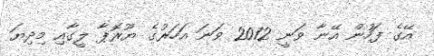
އޭގެ ފަހުން އޭނާ ވަނީ 2012 ވަނަ އަހަރުގެ ޔޫރޮޕާ ލީގާއި މިދިޔަ